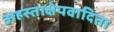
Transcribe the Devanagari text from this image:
अहस्ताक्षेपवादिता